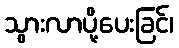
သွားလာပို့ပေးခြင်၊